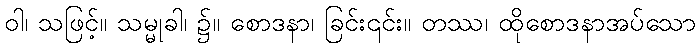
ဝါ၊ သဖြင့်။ သမ္မုခါ၊ ၌။ စောဒနာ၊ ခြင်း၎င်း။ တဿ၊ ထိုစောဒနာအပ်သော